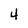
Character: 4